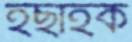
ইছাহক